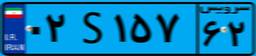
۰۲S۱۵۷۶۲